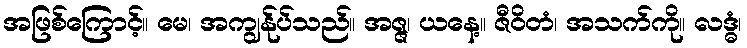
အဖြစ်ကြောင့်။ မေ၊ အကျွန်ုပ်သည်။ အဇ္ဇ၊ ယနေ့။ ဇီဝိတံ၊ အသက်ကို။ လဒ္ဓံ၊